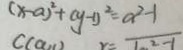
( x - a ) ^ { 2 } + ( y - 1 ) ^ { 2 } = a ^ { 2 } - 1